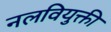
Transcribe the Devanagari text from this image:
नलवियुक्ती